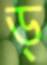
ড্